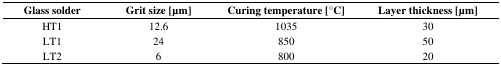
<table><thead><tr><td><b>Glass solder</b></td><td><b>Grit size [μm]</b></td><td><b>Curing temperature [°C]</b></td><td><b>Layer thickness [μm]</b></td></tr></thead><tbody><tr><td>HT1</td><td>12.6</td><td>1035</td><td>30</td></tr><tr><td>LT1</td><td>24</td><td>850</td><td>50</td></tr><tr><td>LT2</td><td>6</td><td>800</td><td>20</td></tr></tbody></table>